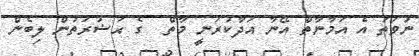
ނުވަތަ އެ އަމާނާތް އޭނާ އަދާކުރަނީ މާތް  ގެ ޙަޟުރަތުން ލިބެން